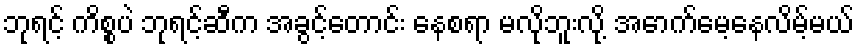
ဘုရင့် ကိစ္စပဲ ဘုရင့်ဆီက အခွင့်တောင်း နေစရာ မလိုဘူးလို့ အောက်မေ့နေလိမ့်မယ်